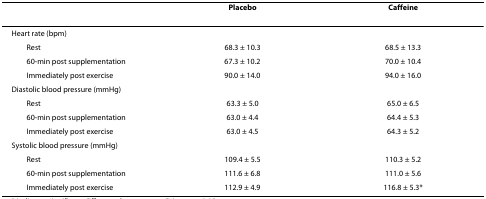
<table><thead><tr><td></td><td><b>Placebo</b></td><td><b>Caffeine</b></td></tr></thead><tbody><tr><td>Heart rate (bpm)</td><td></td><td></td></tr><tr><td> Rest</td><td>68.3 ± 10.3</td><td>68.5 ± 13.3</td></tr><tr><td> 60-min post supplementation</td><td>67.3 ± 10.2</td><td>70.0 ± 10.4</td></tr><tr><td> Immediately post exercise</td><td>90.0 ± 14.0</td><td>94.0 ± 16.0</td></tr><tr><td>Diastolic blood pressure (mmHg)</td><td></td><td></td></tr><tr><td> Rest</td><td>63.3 ± 5.0</td><td>65.0 ± 6.5</td></tr><tr><td> 60-min post supplementation</td><td>63.0 ± 4.4</td><td>64.4 ± 5.3</td></tr><tr><td> Immediately post exercise</td><td>63.0 ± 4.5</td><td>64.3 ± 5.2</td></tr><tr><td>Systolic blood pressure (mmHg)</td><td></td><td></td></tr><tr><td> Rest</td><td>109.4 ± 5.5</td><td>110.3 ± 5.2</td></tr><tr><td> 60-min post supplementation</td><td>111.6 ± 6.8</td><td>111.0 ± 5.6</td></tr><tr><td> Immediately post exercise</td><td>112.9 ± 4.9</td><td>116.8 ± 5.3*</td></tr></tbody></table>